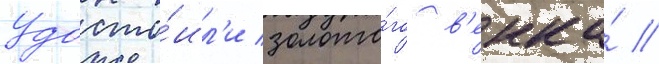
Удосто́ил'и золото́го в'енка́ //